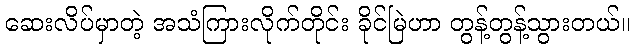
ဆေးလိပ်မှာတဲ့ အသံကြားလိုက်တိုင်း ခိုင်မြဲဟာ တွန့်တွန့်သွားတယ်။